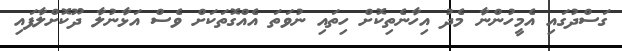
ގަސްދުގައި އެމީހުންނާ މެދު އިހާނެތިކޮށް ހިތައި ނުވަތަ އެއްގޮތަކަށް ވެސް އަޅާނުލާ ދޫކޮށްލާފައި